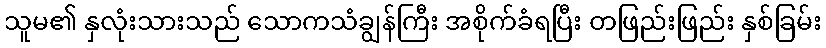
သူမ၏ နှလုံးသားသည် သောကသံချွန်ကြီး အစိုက်ခံရပြီး တဖြည်းဖြည်း နှစ်ခြမ်း